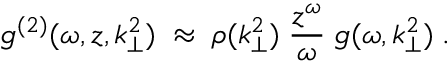
g ^ { ( 2 ) } ( \omega , z , k _ { \perp } ^ { 2 } ) \; \approx \; \rho ( k _ { \perp } ^ { 2 } ) \; \frac { z ^ { \omega } } { \omega } \; g ( \omega , k _ { \perp } ^ { 2 } ) \; .